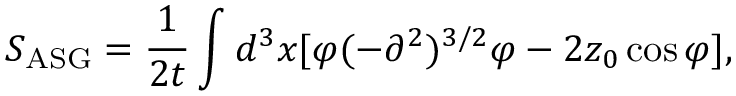
S _ { \mathrm { A S G } } = \frac { 1 } { 2 t } \int d ^ { 3 } x [ \varphi ( - \partial ^ { 2 } ) ^ { 3 / 2 } \varphi - 2 z _ { 0 } \cos \varphi ] ,